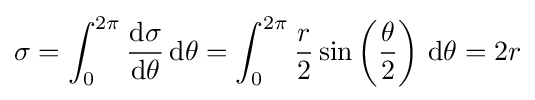
\sigma =\int _{0}^{2\pi }{\frac {\mathrm {d} \sigma }{\mathrm {d} \theta }}\,\mathrm {d} \theta =\int _{0}^{2\pi }{\frac {r}{2}}\sin \left({\frac {\theta }{2}}\right)\,\mathrm {d} \theta =2r